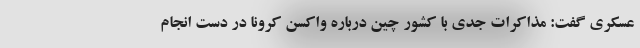
عسکری گفت: مذاکرات جدی با کشور چین درباره واکسن کرونا در دست انجام